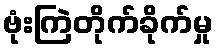
ဗုံးကြဲတိုက်ခိုက်မှု